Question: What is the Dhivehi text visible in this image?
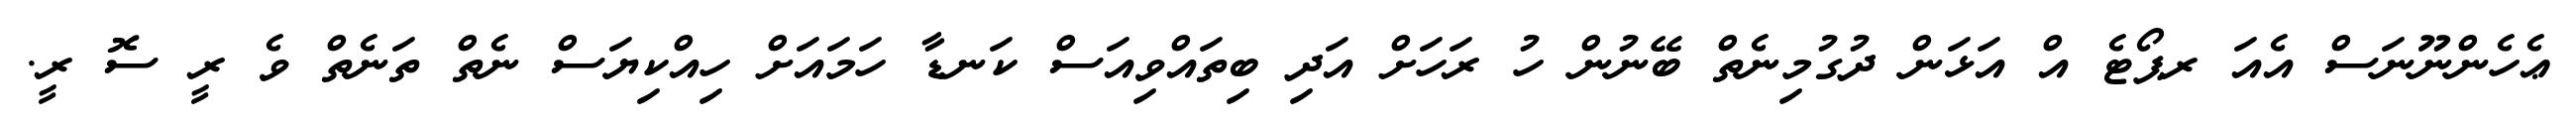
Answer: ޢެހެންނޫނަސް އެއަ ރޕޯޓެ އް އަޅަން ދުގުމިނެތް ބޭނުން ހު ރަހަށް އަދި ބިތައްވިއަސް ކަނޑާ ހަމައަށް ހިއްކިޔަސް ނެތް ތަނެތް ވެ ރީ ސޮ ރީ.